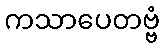
ကသာပေတဗ္ဗံ